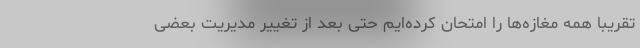
تقریباً همه مغازه‌ها را امتحان کرده‌ایم حتی بعد از تغییر مدیریت بعضی